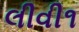
લીવી૧